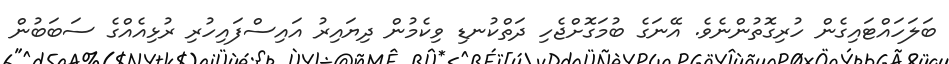
ބަލަހައްޓައިގެން ހުރިގޮތުންނެވެ. އޭނަގެ ބުމަގޮށްޖެހި ދަތްކުނޑި ވިކެމުން ދިޔައިރު އައިސްފައިހުރި ރުޅިއެއްގެ ސަބަބުން